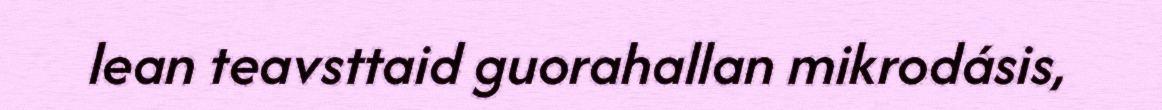
lean teavsttaid guorahallan mikrodásis,